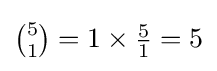
{\tbinom {5}{1}}=1\times {\tfrac {5}{1}}=5